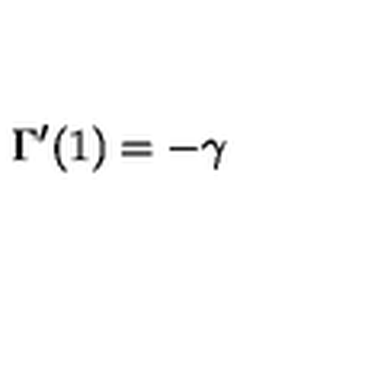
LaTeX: \Gamma ^ { \prime } ( 1 ) = - \gamma